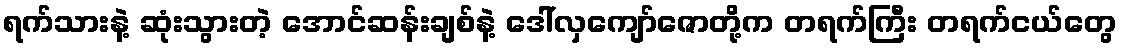
ရက်သားနဲ့ ဆုံးသွားတဲ့ အောင်ဆန်းချစ်နဲ့ ဒေါ်လှကျော်ဇောတို့က တရက်ကြီး တရက်ငယ်တွေ